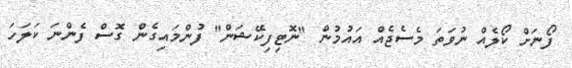
ފޯނަށް ކޯލެއް ނުވަތަ މެސެޖެއް އައުމުން "ނޮޓިފިކޭޝަން" ފުންމައިގެން ގޮސް ފެންނަ ކަލަހަ